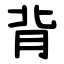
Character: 背